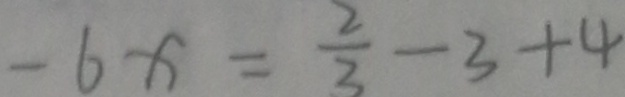
- 6 x = \frac { 2 } { 3 } - 3 + 4